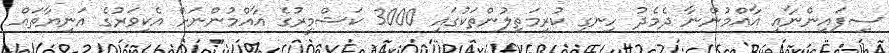
ސިފައިންނާއި އާއްމުންނާ ދެމެދު ހިނގި ކުރިމަތިލުންތަކުގައި 3000 ކަޝްމީރުގެ އާއްމުންނަށް އެކިވަރުގެ އަނިޔާތައް